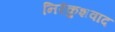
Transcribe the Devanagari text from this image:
निरंकुशवाद